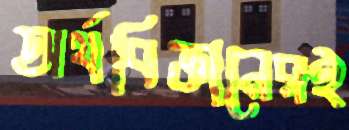
অর্থবিজ্ঞানেরই